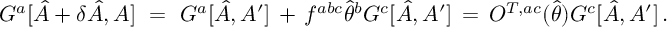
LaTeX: G ^ { a } [ \hat { A } + \delta \hat { A } , A ] \ = \ G ^ { a } [ \hat { A } , A ^ { \prime } ] \, + \, f ^ { a b c } \hat { \theta } ^ { b } G ^ { c } [ \hat { A } , A ^ { \prime } ] \, = \, O ^ { T , a c } ( \hat { \theta } ) G ^ { c } [ \hat { A } , A ^ { \prime } ] \, .